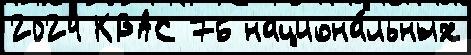
2024 КВАС 76 национа́льных